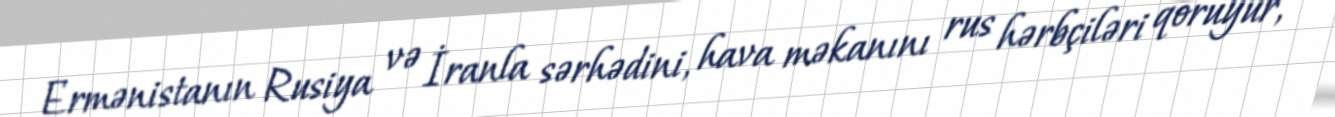
Ermənistanın Rusiya və İranla sərhədini, hava məkanını rus hərbçiləri qoruyur,